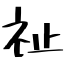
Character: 祉